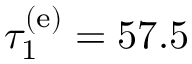
\tau _ { 1 } ^ { ( \mathrm { e ) } } = 5 7 . 5